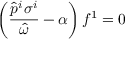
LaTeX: \left( \frac { \hat { p } ^ { i } \sigma ^ { i } } { \hat { \omega } } - \alpha \right) f ^ { 1 } = 0